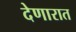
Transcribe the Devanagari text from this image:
देणारात